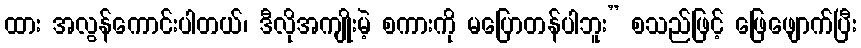
ထား အလွန်ကောင်းပါတယ်၊ ဒီလိုအကျိုးမဲ့ စကားကို မပြောတန်ပါဘူး” စသည်ဖြင့် ဖြေဖျောက်ပြီး